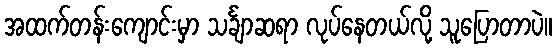
အထက်တန်းကျောင်းမှာ သင်္ချာဆရာ လုပ်နေတယ်လို့ သူပြောတာပဲ။